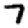
Digit: 7